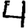
Digit: 4